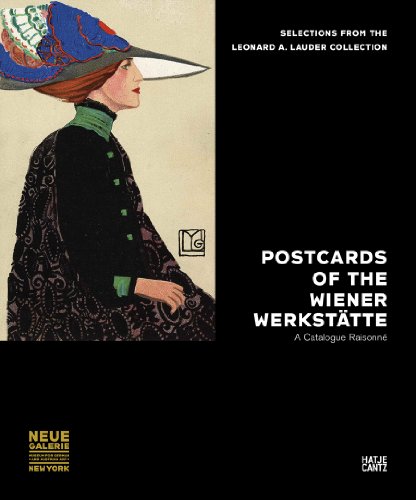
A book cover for Postcards of the Wiener WerkstÃ¤tte: Selections from the Leonard A. Lauder Collection; Detlef Hilmer; Crafts, Hobbies & Home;